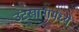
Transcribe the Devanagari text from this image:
उंटखानामध्ये